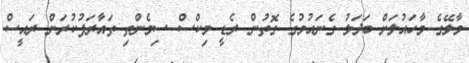
މާލޭގެ މާހައުލަށް ބަދަލު ގެނައުމުގެ ގޮތުން ރެޑީ މިކްސް ސިމެންތި ތައާރަފުކުރަން ރައީސް